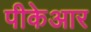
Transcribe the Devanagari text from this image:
पीकेआर